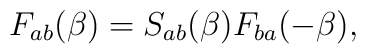
F_{ab}(\beta)=S_{ab}(\beta)F_{ba}(-\beta),